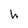
Character: h